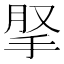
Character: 𢫪